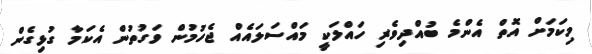
މިކަމަށް އޮތް އެންމެ ބުއްދިވެރި ހައްލަކީ މައްސަލައެއް ޖެހުމުން ވަގުތުން އެކަމާ ގުޅިގެން